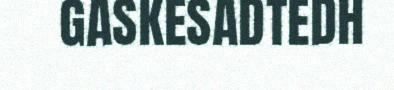
GASKESADTEDH